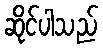
ဆိုင်ပါသည်